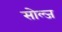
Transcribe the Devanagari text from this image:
सोल्ज